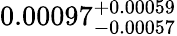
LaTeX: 0.00097_{-0.00057}^{+0.00059}